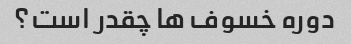
دوره خسوف ها چقدر است؟